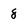
Character: 8